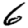
Digit: 6